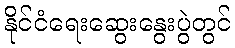
နိုင်ငံရေးဆွေးနွေးပွဲတွင်